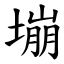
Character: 塴